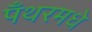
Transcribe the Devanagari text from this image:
पँथरमधे